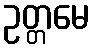
ဥတ္တမေ